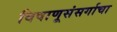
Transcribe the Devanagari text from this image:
विषाणूसंसर्गाचा